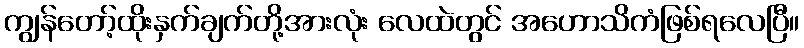
ကျွန်တော့်ထိုးနှက်ချက်တို့အားလုံး လေထဲတွင် အဟောသိကံဖြစ်ရလေပြီ။